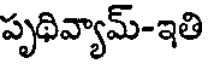
పృథివ్యామ్-ఇతి